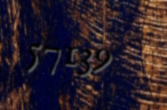
57139